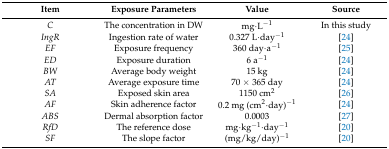
| Item | Exposure Parameters | Value | Source |
 | --- | --- | --- | --- |
 | C | The concentration in DW | mg·L−1 | In this study |
 | IngR | Ingestion rate of water | 0.327 L·day−1 | [24] |
 | EF | Exposure frequency | 360 day·a−1 | [25] |
 | ED | Exposure duration | 6 a−1 | [24] |
 | BW | Average body weight | 15 kg | [24] |
 | AT | Average exposure time | 70 × 365 day | [24] |
 | SA | Exposed skin area | 1150 cm2 | [26] |
 | AF | Skin adherence factor | 0.2 mg (cm2·day)−1 | [24] |
 | ABS | Dermal absorption factor | 0.0003 | [27] |
 | RfD | The reference dose | mg·kg−1·day−1 | [20] |
 | SF | The slope factor | (mg/kg/day)−1 | [20] |